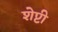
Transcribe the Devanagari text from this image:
शेप्टी